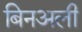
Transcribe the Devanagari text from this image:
बिनअली